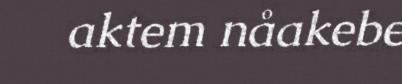
aktem nåakebe